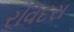
રવિદરા